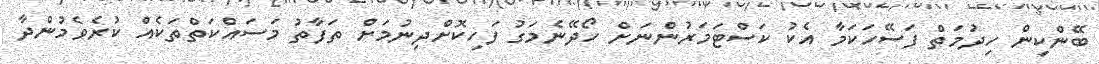
ބޭންކިން ހިދުމަތް ފަސޭހަކަމާ އެކު ކަސްޓަމަރުންނަށް ހޯދޭނެމަގު ފަހިކޮށްދިނުމަށް ތަފާތު މަސައްކަތްތަކެއް ކުރެވެމުންދާ